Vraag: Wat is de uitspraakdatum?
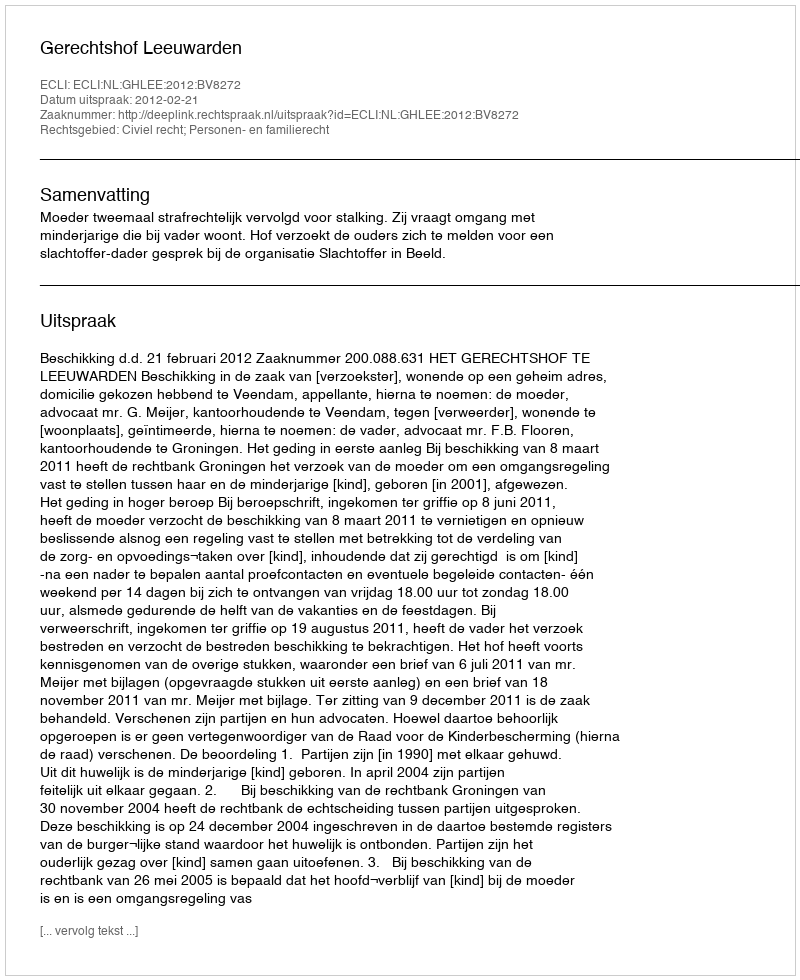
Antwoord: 2012-02-21